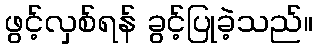
ဖွင့်လှစ်ရန် ခွင့်ပြုခဲ့သည်။